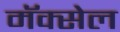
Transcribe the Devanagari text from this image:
मॅक्‍सेल